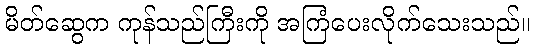
မိတ်ဆွေက ကုန်သည်ကြီးကို အကြံပေးလိုက်သေးသည်။